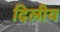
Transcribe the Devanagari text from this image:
दिलीय